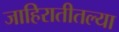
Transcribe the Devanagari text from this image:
जाहिरातीतल्या